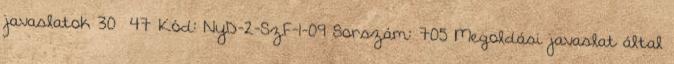
javaslatok 30 47 Kód: NyD-2-SzF-1-09 Sorszám: 705 Megoldási javaslat által